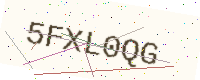
Text: 5FXL0QG